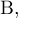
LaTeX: { \mathrm { B } } ,